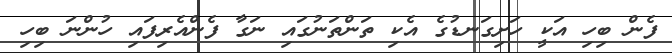
ފެން ބިހި އަކީ ހަށިގަނޑުގެ އެކި ތަންތަނުގައި ނަގާ ފެންއެރިފައި ހުންނަ ބިހި